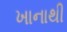
ખાનાથી